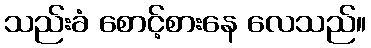
သည်းခံ စောင့်စားနေ လေသည်။